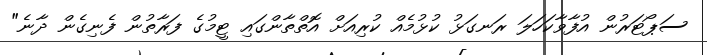
ސަޕޯޓަރުން އުފާވާކަހަލަ ރަނގަޅު ކުޅުމެއް ކުރިއަށް އޮތްތާންގައި ޓީމުގެ ފަރާތުން ފެނިގެން ދާނެ"